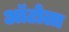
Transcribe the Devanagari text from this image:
ऑटोला